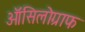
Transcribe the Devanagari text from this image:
ऑसिलोग्राफ